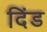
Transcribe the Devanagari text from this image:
दिंड